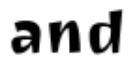
and